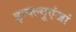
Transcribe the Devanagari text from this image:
इन्फ्ल्यूएंजां